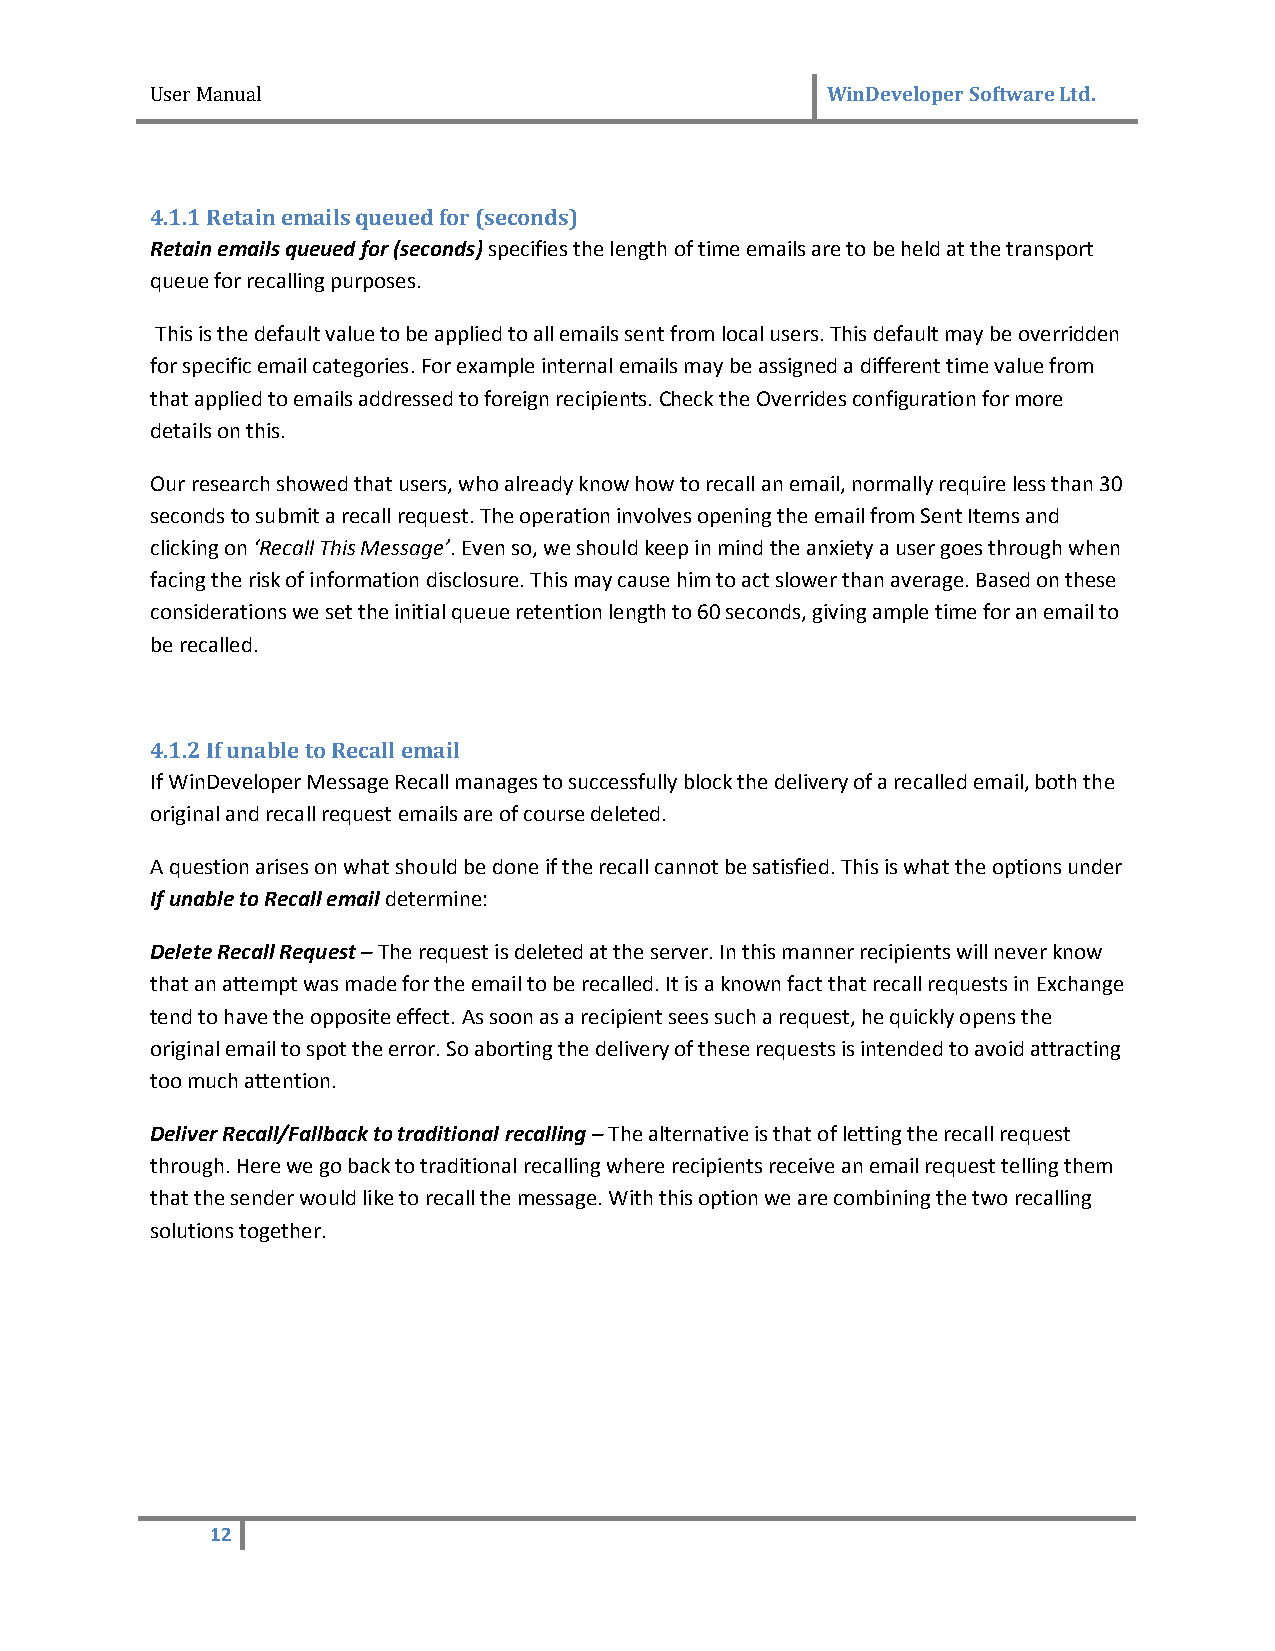
User Manual                                  WinDeveloper Software Ltd.
 4.1.1 Retain emails queued for (seconds)
 Retain emails queued for (seconds) specifies the length of time emails are to be held at the transport
 queue for recalling purposes.
 This is the default value to be applied to all emails sent from local users. This default may be overridden
 for specific email categories. For example internal emails may be assigned a different time value from
 that applied to emails addressed to foreign recipients. Check the Overrides configuration for more
 details on this.
 Our research showed that users, who already know how to recall an email, normally require less than 30
 seconds to submit a recall request. The operation involves opening the email from Sent Items and
 clicking on ‘Recall This Message’. Even so, we should keep in mind the anxiety a user goes through when
 facing the risk of information disclosure. This may cause him to act slower than average. Based on these
 considerations we set the initial queue retention length to 60 seconds, giving ample time for an email to
 be recalled.
 4.1.2 If unable to Recall email
 If WinDeveloper Message Recall manages to successfully block the delivery of a recalled email, both the
 original and recall request emails are of course deleted.
 A question arises on what should be done if the recall cannot be satisfied. This is what the options under
 If unable to Recall email determine:
 Delete Recall Request – The request is deleted at the server. In this manner recipients will never know
 that an attempt was made for the email to be recalled. It is a known fact that recall requests in Exchange
 tend to have the opposite effect. As soon as a recipient sees such a request, he quickly opens the
 original email to spot the error. So aborting the delivery of these requests is intended to avoid attracting
 too much attention.
 Deliver Recall/Fallback to traditional recalling – The alternative is that of letting the recall request
 through. Here we go back to traditional recalling where recipients receive an email request telling them
 that the sender would like to recall the message. With this option we are combining the two recalling
 solutions together.
 12